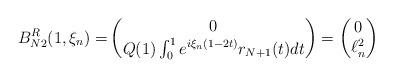
LaTeX: \begin{align*}B_{N2}^R(1,\xi_n)=&\begin{pmatrix}0\\Q(1)\int_0^1 e^{i\xi_n(1-2t)}r_{N+1}(t)dt\end{pmatrix} = \begin{pmatrix}0\\\ell^2_n\end{pmatrix}\end{align*}